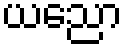
ယညော